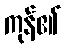
ကုန်၏